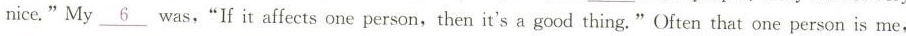
nice."My\underline{6} was,“If it affects one person,then it's a good thing."Often that one person is me,